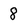
Character: 8